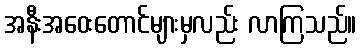
အနီးအဝေးတောင်များမှလည်း လာကြသည်။